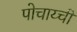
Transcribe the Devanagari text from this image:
पोचाय्ची